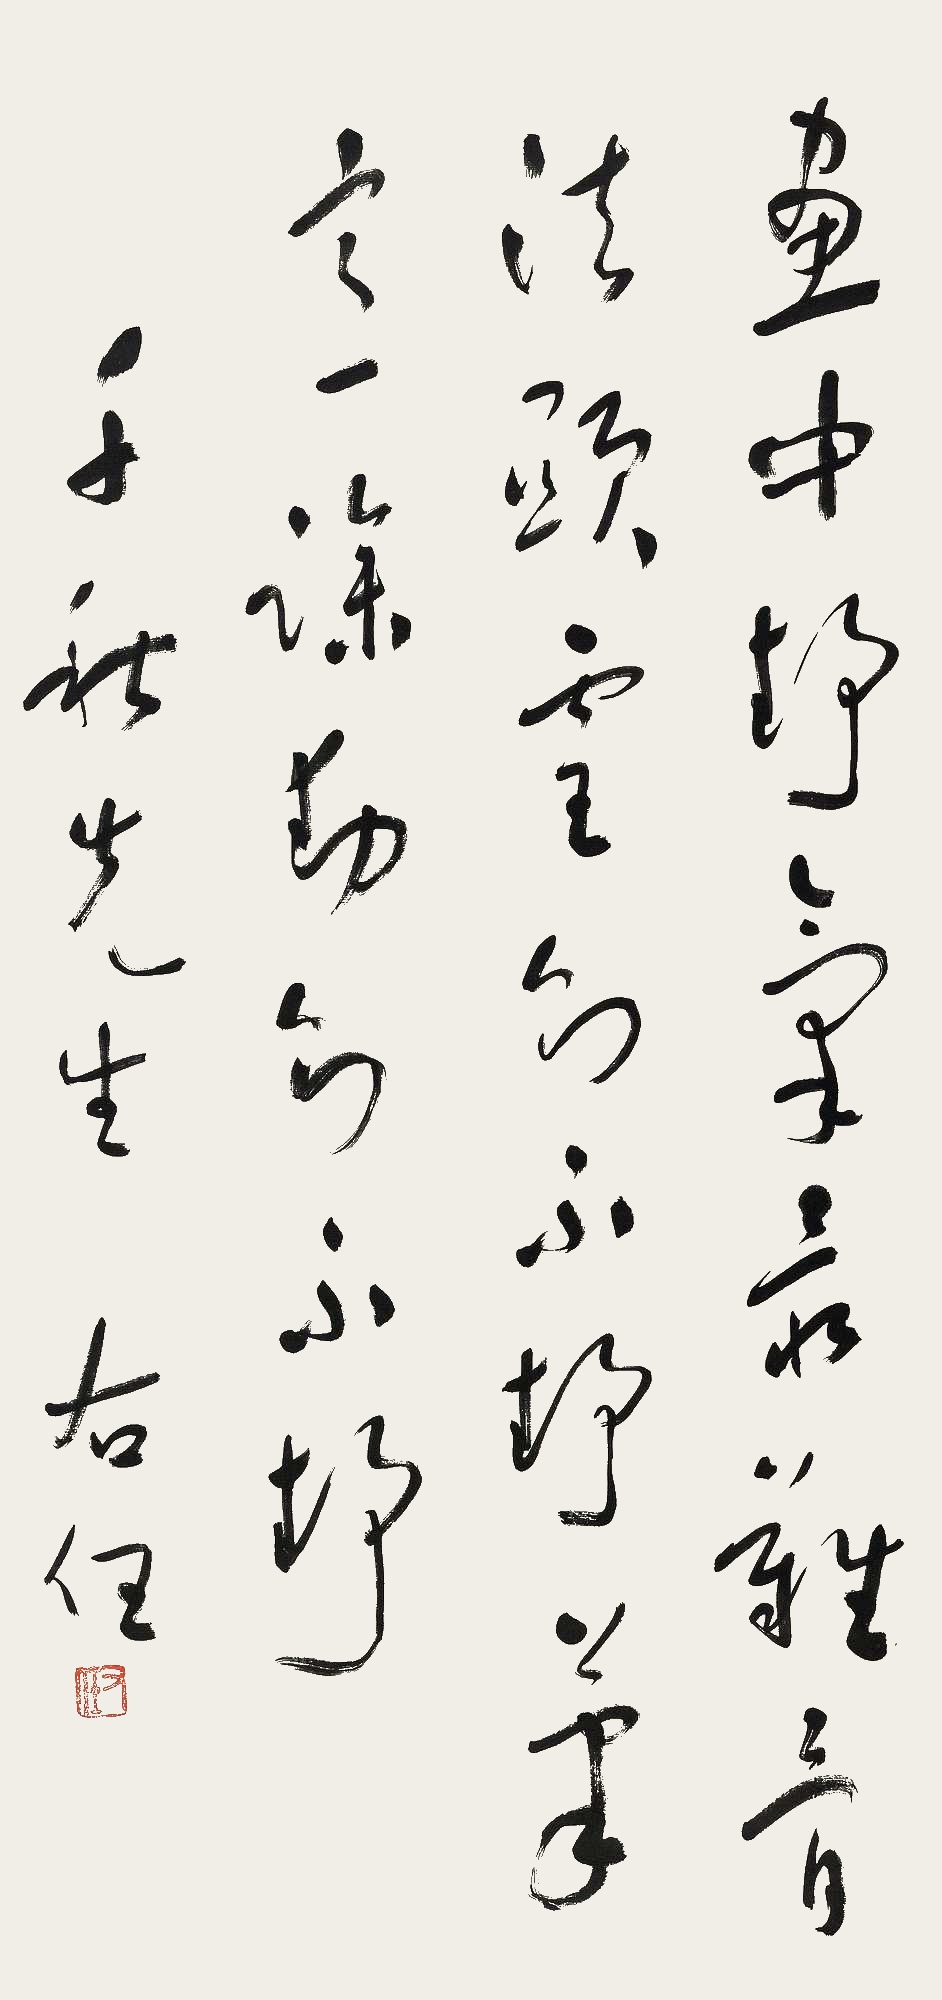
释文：画中静气最难。骨法显灵则不静，笔意躁动则不静。千秋先生。右任。